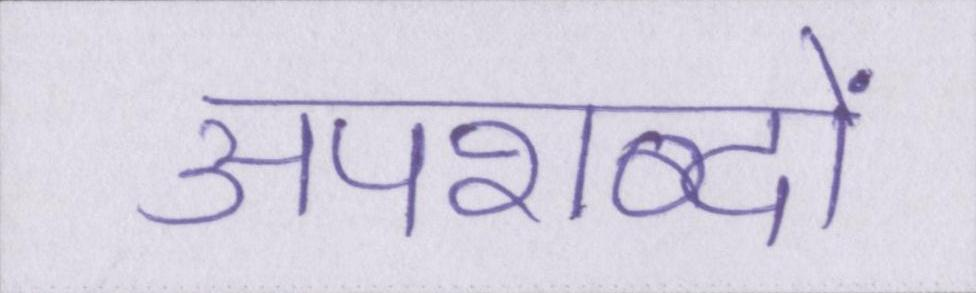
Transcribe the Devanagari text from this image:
अपशब्दों